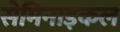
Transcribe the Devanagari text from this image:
सेमिनाइकल